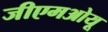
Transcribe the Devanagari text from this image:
जीएमओयू